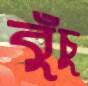
বুঁচু